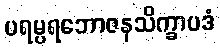
ပရမ္ပရဘောဇနသိက္ခာပဒံ